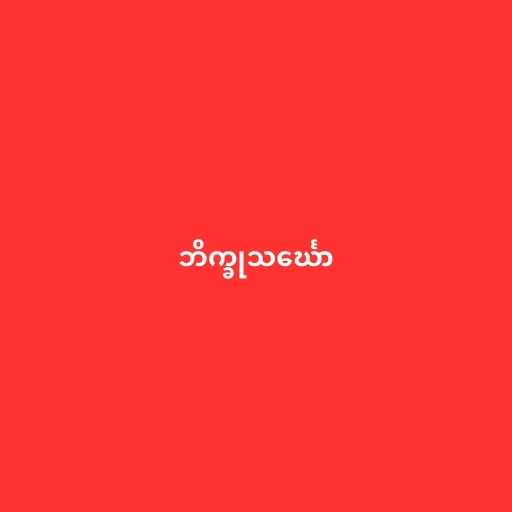
ဘိက္ခုသင်္ဃော